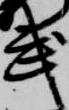
武